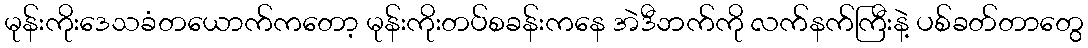
မုန်းကိုးဒေသခံတယောက်ကတော့ မုန်းကိုးတပ်စခန်းကနေ အဲဒီဘက်ကို လက်နက်ကြီးနဲ့ ပစ်ခတ်တာတွေ